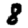
Digit: 8